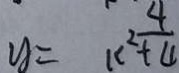
y = k ^ { 2 } + \frac { 4 } { 4 }